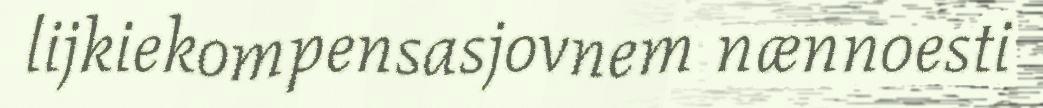
lijkiekompensasjovnem nænnoesti